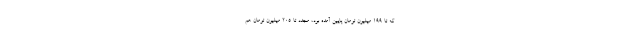
که تا ۱۹۹ میلیون تومان پایین آمده بود، مجدد تا ۲۰۵ میلیون تومان هم